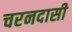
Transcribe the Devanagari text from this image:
चरनदासी